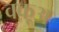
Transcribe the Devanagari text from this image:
वक़ूअ